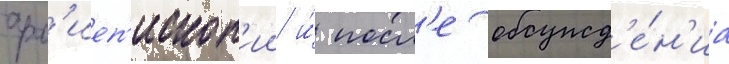
арх'иеп'ископ'ии и́ посл'е обсужд'е́н'иа